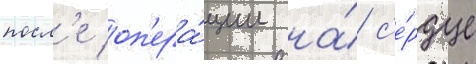
посл'е оп'ера́ции на́ с'е́рдце